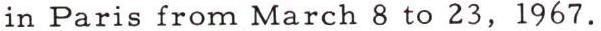
in Paris from March 8 to 23, 1967.